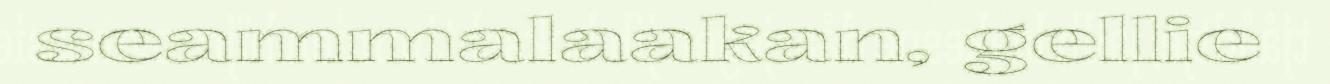
seammalaakan, gellie